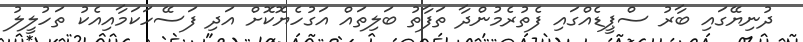
ދުނިޔޭގައި ބާރު ސްޕީޑެއްގައި ފެތުރެމުންދާ ތަފާތު ބަލިތައް އަގުހެޔޮކޮށް އަދި ފަސޭހަކަމާއިއެކު ތަހުލީލު